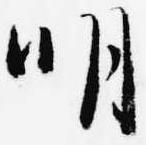
明